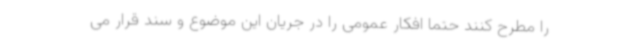
را مطرح کنند حتما افکار عمومی را در جریان این موضوع و سند قرار می